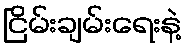
ငြိမ်းချမ်းရေးနဲ့